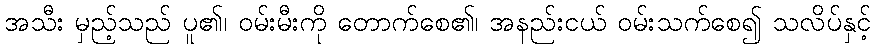
အသီး မှည့်သည် ပူ၏၊ ဝမ်းမီးကို တောက်စေ၏၊ အနည်းငယ် ဝမ်းသက်စေ၍ သလိပ်နှင့်